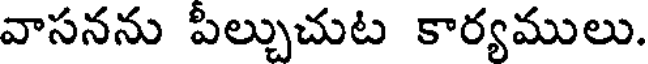
వాసనను పీల్చుచుట కార్యములు.